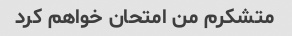
متشکرم من امتحان خواهم کرد